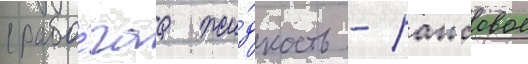
(рабо́чаа жи́дкость - рапсовое